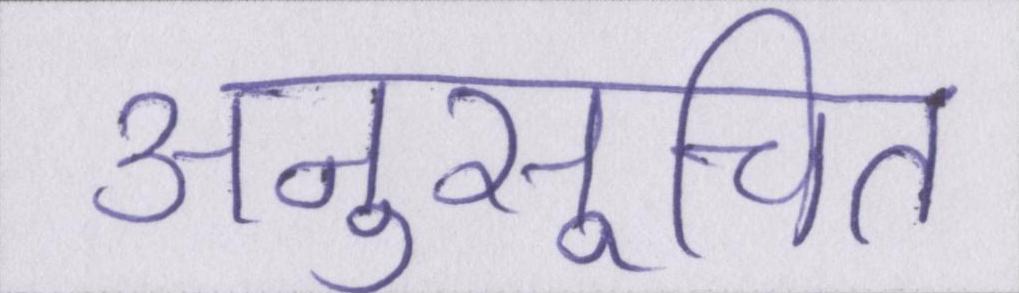
अनुसूचित